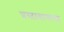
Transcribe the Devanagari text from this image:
प्रस्तावानाचा